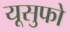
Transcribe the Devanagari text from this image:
यूसुफो